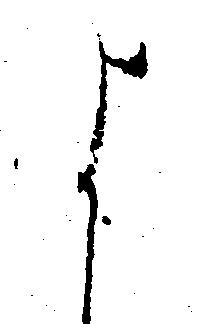
よ